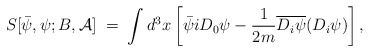
\begin{align*}S[{\bar \psi},\psi;B, {\mathcal A}] \;=\; \int d^3x \left[ {\bar\psi} i D_0 \psi - \frac{1}{2m} \overline{D_i \psi} (D_i \psi) \right],\end{align*}